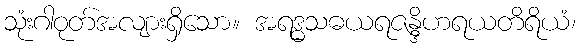
သုံးဂါဝုတ်အလျားရှိသော။ အရဒ္ဓသဓယရဇန္ဒိဟရယတိရိယံ၊